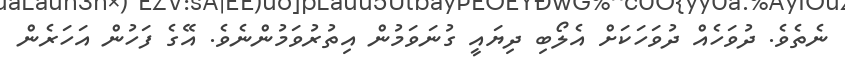
ނެތެވެ. ދުވަހެއް ދުވަހަކަށް އެލޯބި ދިޔައީ ގުނަވަމުން އިތުރުވަމުންނެވެ. އޭގެ ފަހުން އަހަރެން